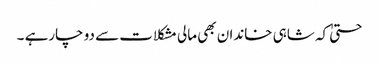
حتیٰ کہ شاہی خاندان بھی مالی مشکلات سے دو چارہے ۔